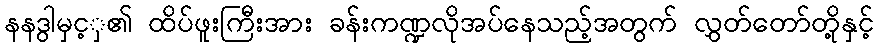
နနဒွာမှင့ှ၏ ထိပ်ဖူးကြီးအား ခန်းကဏ္ဍလိုအပ်နေသည့်အတွက် လွှတ်တော်တို့နှင့်